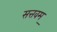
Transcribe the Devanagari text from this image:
सत्तवम्‌